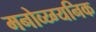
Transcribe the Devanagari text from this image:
मनोव्य्ग्यनिक